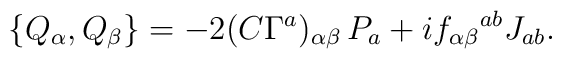
\{ Q_{\alpha}, Q_{\beta} \} = -2 (C \Gamma^a)_{\alpha \beta}\, P_a + if_{\alpha \beta}{}^{ab}J_{ab}.